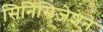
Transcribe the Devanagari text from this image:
सिनिसिज़ेशन